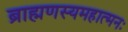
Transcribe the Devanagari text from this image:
ब्राह्मणस्यमहात्मनः